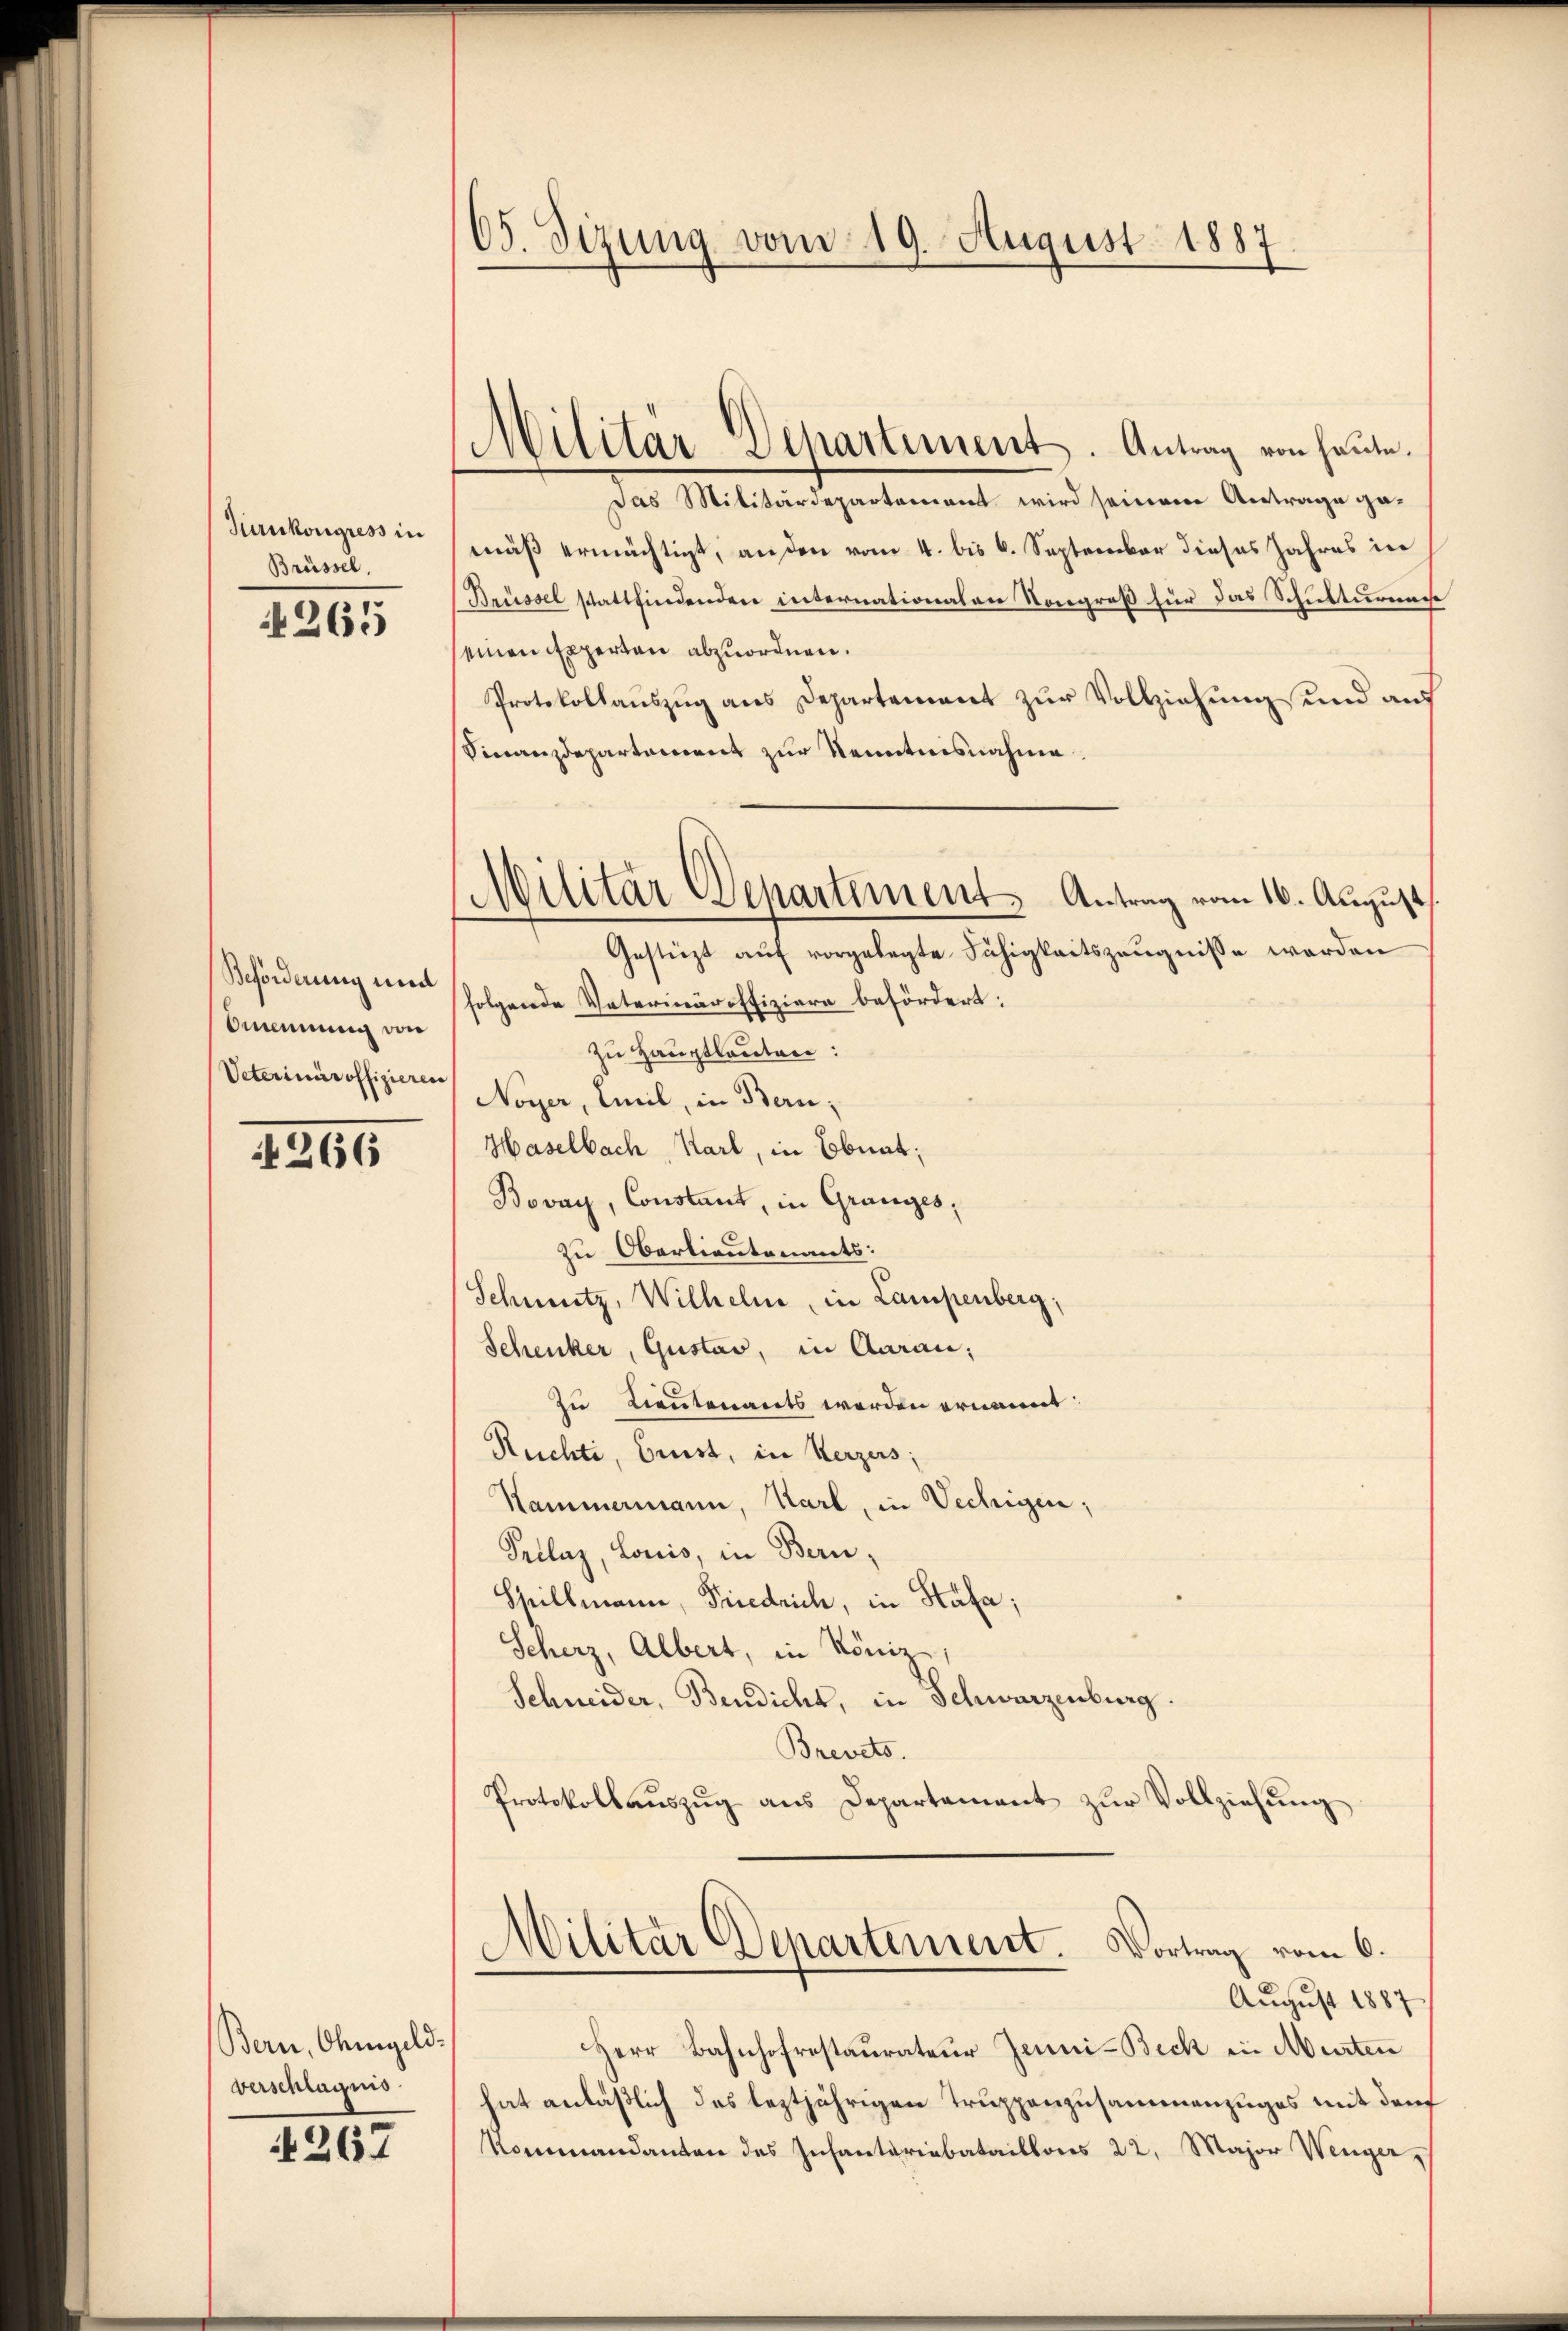
Hrnkongress in
Brüssel.

N 265

Beförderung und
Omenung von

266

Bern, Ohmgeld.
verschlagnis.

4267

65. Sizung vom 19. August 1887

Das Militärdepartement wird seinem Antrage gemäß ermächtigt, anden vom 4. bis 6. September dieses Jahres in
Brüssel stattfindenden internationalen Kongreß für das Schulturen
seinen Experten abzuordnen.
Protokollauszug aus Departement zur Vollziehung und auf
Vinanzdepartement zur Kenntnisnahme.
Gestüzt auf vorgelegte Fähigkeitszeugnisse werden
folgende Vaterinäroffiziere befördert:
zu Hauptlauten:
Veterinäroffizieren Noyer, Emil, in Bern,
Haselbach, Karl, in Ebnat;
Bovay, Constant, in Granges,
zu Oberlieutenants:
Schmutz, Wilhelm, in Lampenberg;
Schenker, Gustav, in Aarau,
zu Lieutenants werden ernannt:
Ruchte, Crist, in Kerzers;
Hammermann, Karl, in Vechigen;
Tellaz, Lonis, in Bern,
Spillmann, Friedrich, in Stäfa;
Scherz, Albert, in Köniz-,
Schneider, Bendicht, in Schwarzenburg.
Brevets.
Protokollaŭszŭg ans Departement zŭr Vollziehŭng

Militär-Departiment. Antrag von heute.

Militar Departement Antrag vom 16. August

August 1887
Herr Bahnhofrestaurateur Jenni-Beck in Murten
hat anläßlich das leztjährigen Truppenzusammenzuges mit der
Rommandanten des Infantariabataillons 22. Major Wenger,

d
Militär Departement. Vortrag vom 6.